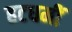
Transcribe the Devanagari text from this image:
हटधमीं